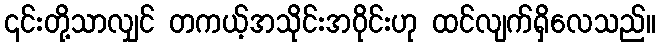
၎င်းတို့သာလျှင် တကယ့်အသိုင်းအဝိုင်းဟု ထင်လျက်ရှိလေသည်။